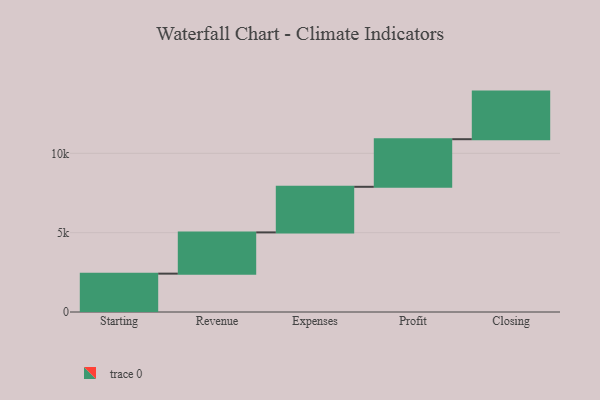
{"axis": {"x": "Step", "y": "Value"}, "legend": [""], "data": [{"x": "Starting", "y": 2418.0, "type": ""}, {"x": "Revenue", "y": 2599.0, "type": ""}, {"x": "Expenses", "y": 2874.0, "type": ""}, {"x": "Profit", "y": 3000, "type": ""}, {"x": "Closing", "y": 3000, "type": ""}]}